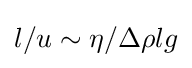
l/u\sim \eta /\Delta \rho lg